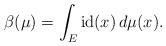
LaTeX: \begin{align*}\beta(\mu)=\int_E \textrm{id}(x) \,d\mu(x).\end{align*}